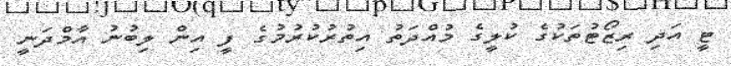
ޓީ އަދި ރިޒޯޓުތަކުގެ ކުލީގެ މުއްދަތު އިތުރުކުރުމުގެ ފީ އިން ލިބުނު އާމްދަނީ